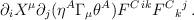
LaTeX: \begin{align*}\partial_iX^\mu \partial_j(\eta^A\Gamma_\mu\theta^A) F^{C\,ik} F^{C}{}_k{}^j\,.\end{align*}